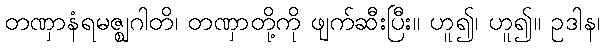
တဏှာနံရမဇ္ဈဂါတိ၊ တဏှာတို့ကို ဖျက်ဆီးပြီး။ ဟူ၍၊ ဟူ၍။ ဥဒါန၊